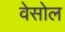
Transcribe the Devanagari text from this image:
वेसोल